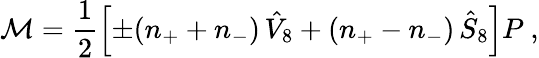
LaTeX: {\cal M}=\frac{1}{2}\left[\pm(n_{+}+n_{-})\, \hat{V}_{8}+(n_{+}-n_{-})\, \hat{S}_{8}\right]P\ ,